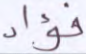
فؤاد